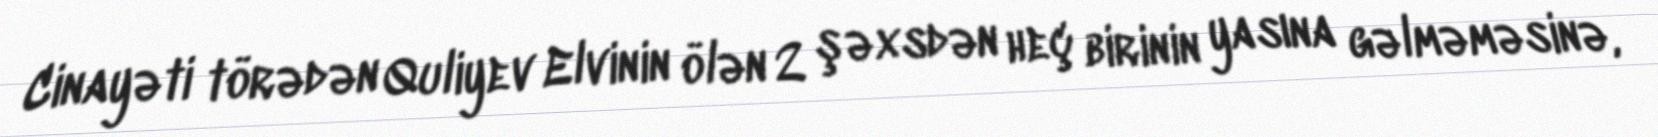
Cinayəti törədən Quliyev Elvinin ölən 2 şəxsdən heç birinin yasına gəlməməsinə,